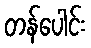
တန်ပေါင်း